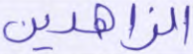
الزاهدين